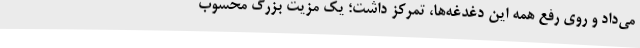
می‌داد و روی رفع همه این دغدغه‌ها، تمرکز داشت؛ یک مزیت بزرگ محسوب